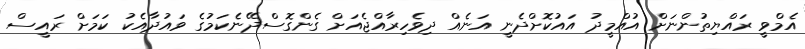
އެމްވީ ރައްޔިތުންނަށް އުއްމީދު އައުކޮށްދެނީ އަނެއް ދިވެހިރާއްޖެއަށް ގެންގޮސްދޭނެކަމުގެ ވައުދާއެކު ކަމަށް ރައީސް